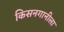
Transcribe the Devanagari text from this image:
किसनगानीला